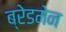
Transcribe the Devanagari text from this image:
ब्रेडमेन